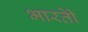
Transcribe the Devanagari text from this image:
भारतीे